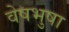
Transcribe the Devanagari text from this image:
वेषभुषा